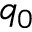
q _ { 0 }